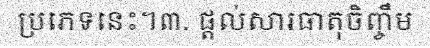
ប្រភេទនេះ។៣. ផ្តល់សារធាតុចិញ្ចឹម